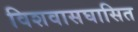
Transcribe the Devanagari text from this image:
विशवासघासित